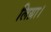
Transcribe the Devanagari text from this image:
लिय़ा।